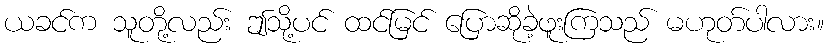
ယခင်က သူတို့လည်း ဤသို့ပင် ထင်မြင် ပြောဆိုခဲ့ဖူးကြသည် မဟုတ်ပါလား။